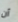
أن